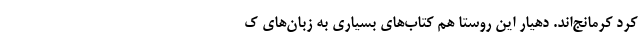
کٌرد کرمانج‌اند. دهیار این روستا هم کتاب‌های بسیاری به زبان‌های ک